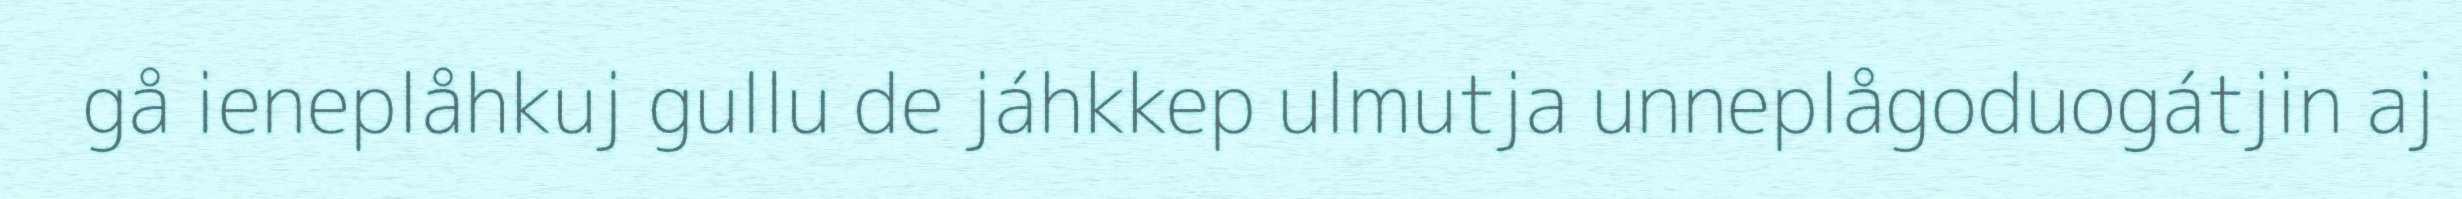
gå ieneplåhkuj gullu de jáhkkep ulmutja unneplågoduogátjin aj